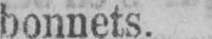
bonnets.